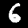
Digit: 6